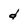
Character: d